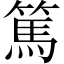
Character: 篤